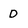
Character: D